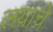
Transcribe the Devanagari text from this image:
लयाचे